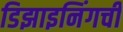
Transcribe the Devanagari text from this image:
डिझाइनिंगची